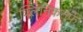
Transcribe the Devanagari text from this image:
क्‍लिनिकतर्फे